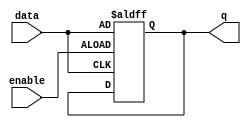
module enable_latch (
    input wire data,
	input wire enable,
	output reg q
);

always @(posedge enable or posedge data) begin
    if (enable) begin
        q <= data;
    end
end

endmodule